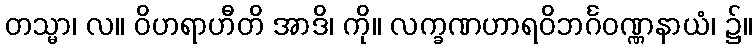
တသ္မာ၊ လ။ ဝိဟရာဟီတိ အာဒိ၊ ကို။ လက္ခဏဟာရဝိဘင်္ဂဝဏ္ဏနာယံ၊ ၌။